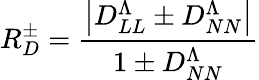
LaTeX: R_{D}^{\pm}=\frac{\left|D_{LL}^{\Lambda}\pm D_{NN}^{\Lambda}\right|}{1\pm D_{NN}^{\Lambda}}